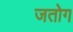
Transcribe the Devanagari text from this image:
जतोग